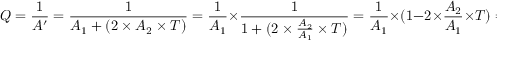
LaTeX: Q = { \frac { 1 } { A ^ { \prime } } } = { \frac { 1 } { A _ { 1 } + ( 2 \times A _ { 2 } \times T ) } } = { \frac { 1 } { A _ { 1 } } } \times { \frac { 1 } { 1 + ( 2 \times { \frac { A _ { 2 } } { A _ { 1 } } } \times T ) } } = { \frac { 1 } { A _ { 1 } } } \times ( 1 - 2 \times { \frac { A _ { 2 } } { A _ { 1 } } } \times T ) = { \frac { 1 } { A _ { 1 } } } - ( 2 \times { \frac { A _ { 2 } } { ( A _ { 1 } \times A _ { 1 } ) } } \times T )